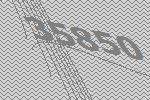
35850